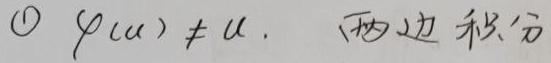
\textcircled{1} $\varphi(u)\neq u$. （两边积分）